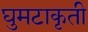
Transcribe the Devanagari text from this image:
घुमटाकृती